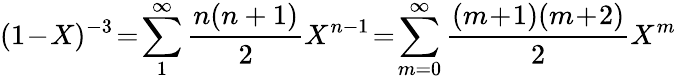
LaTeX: (1\! -\! X)^{-3}\! =\! \sum_{1}^{\infty}\frac{n(n+1)}{2}X^{n-1}\! =\! \sum_{m=0}^{\infty}\frac{(m\! +\! 1)(m\! +\! 2)}{2}X^{m}